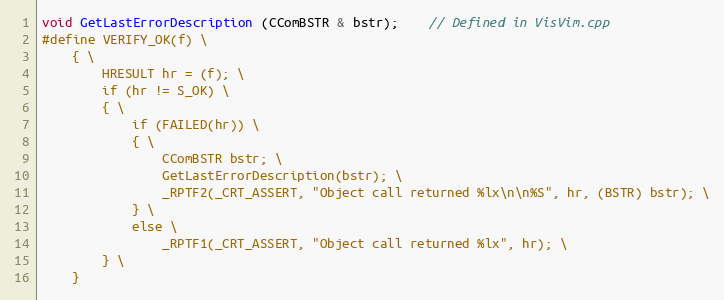
Language: C
void GetLastErrorDescription (CComBSTR & bstr);	// Defined in VisVim.cpp
#define VERIFY_OK(f) \
	{ \
		HRESULT hr = (f); \
		if (hr != S_OK) \
		{ \
			if (FAILED(hr)) \
			{ \
				CComBSTR bstr; \
				GetLastErrorDescription(bstr); \
				_RPTF2(_CRT_ASSERT, "Object call returned %lx\n\n%S", hr, (BSTR) bstr); \
			} \
			else \
				_RPTF1(_CRT_ASSERT, "Object call returned %lx", hr); \
		} \
	}